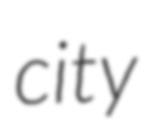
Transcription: city